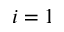
i = 1